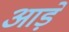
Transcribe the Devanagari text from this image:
आड़ें